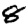
Digit: 8